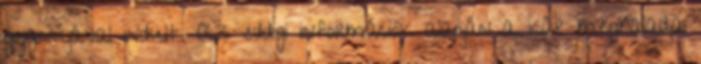
gyanújával indult. Az eddigi információk alapján a kár meghaladja